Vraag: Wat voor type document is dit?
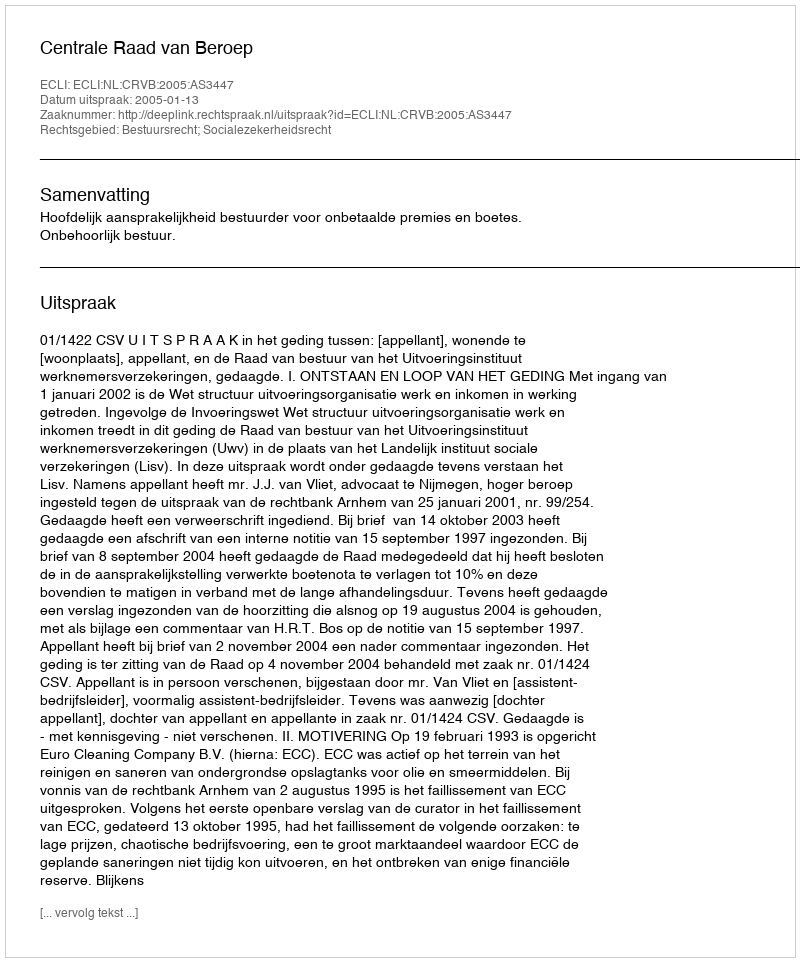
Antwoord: Uitspraak